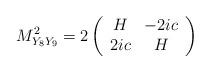
LaTeX: \begin{align*}M^2_{Y_8Y_9}=2\left(\begin{array}{cc}H& -2 ic\\ 2 ic & H\end{array}\right)\end{align*}